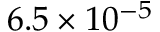
6 . 5 \times 1 0 ^ { - 5 }